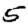
Digit: 5